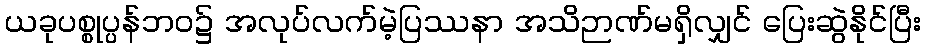
ယခုပစ္စုပ္ပန်ဘဝ၌ အလုပ်လက်မဲ့ပြဿနာ အသိဉာဏ်မရှိလျှင် ပြေးဆွဲနိုင်ပြီး